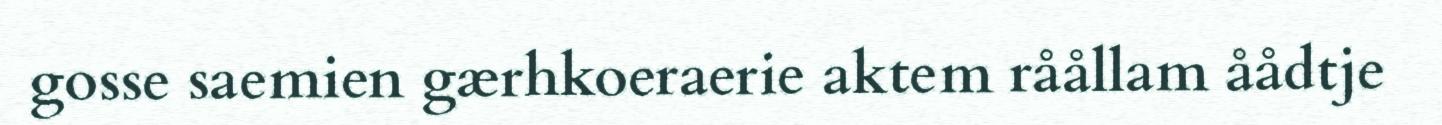
gosse saemien gærhkoeraerie aktem råållam åådtje